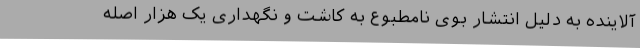
آلاینده به دلیل انتشار بوی نامطبوع به کاشت و نگهداری یک هزار اصله